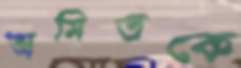
অমিতকে